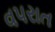
વપરાત